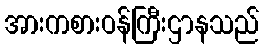
အားကစားဝန်ကြီးဌာနသည်